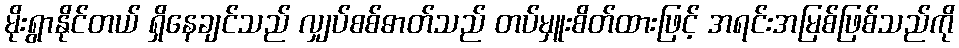
မိုးရွာနိုင်တယ် ရှိနေချင်သည် လျှပ်စစ်ဓာတ်သည် တပ်မှူးစိတ်ထားဖြင့် အရင်းအမြစ်ဖြစ်သည်ကို